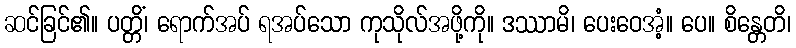
ဆင်ခြင်၏။ ပတ္တိံ၊ ရောက်အပ် ရအပ်သော ကုသိုလ်အဖို့ကို။ ဒဿာမိ၊ ပေးဝေအံ့။ ပေ။ စိန္တေတိ၊